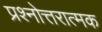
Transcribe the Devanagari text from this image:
प्रश्नोत्तरात्मक